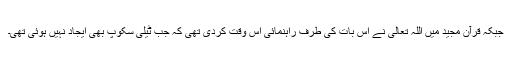
جبکہ قرآن مجید میں اللہ تعالیٰ نے اس بات کی طرف راہنمائی اس وقت کردی تھی کہ جب ٹیلی سکوپ بھی ایجاد نہیں ہوئی تھی۔